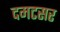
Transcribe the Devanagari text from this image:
दमटसर